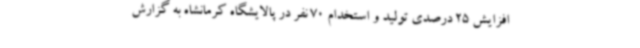
افزایش 25 درصدی تولید و استخدام 70 نفر در پالایشگاه کرمانشاه به گزارش